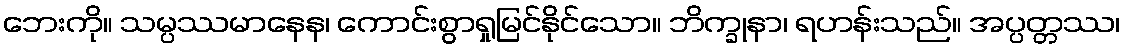
ဘေးကို။ သမ္ပဿမာနေန၊ ကောင်းစွာရှုမြင်နိုင်သော။ ဘိက္ခုနာ၊ ရဟန်းသည်။ အပ္ပတ္တဿ၊